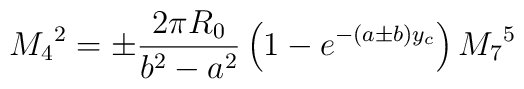
M_4{}^2 = \pm \frac{2 \pi R_0}{b^2 - a^2} \left( 1 - e^{-(a \pm b)y_c} \right)  M_7{}^5